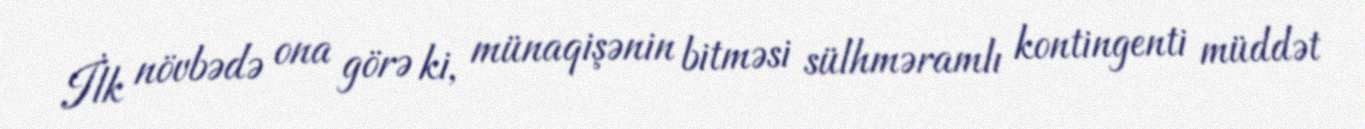
İlk növbədə ona görə ki, münaqişənin bitməsi sülhməramlı kontingenti müddət